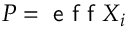
P = \textsf { e f f } X _ { i }